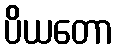
ပိယတော